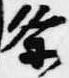
条